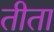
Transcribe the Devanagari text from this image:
तीता